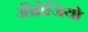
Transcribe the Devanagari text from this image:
अँब्रोजियो